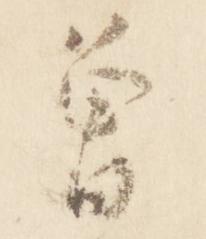
曽